Report on horse surra - Volume I
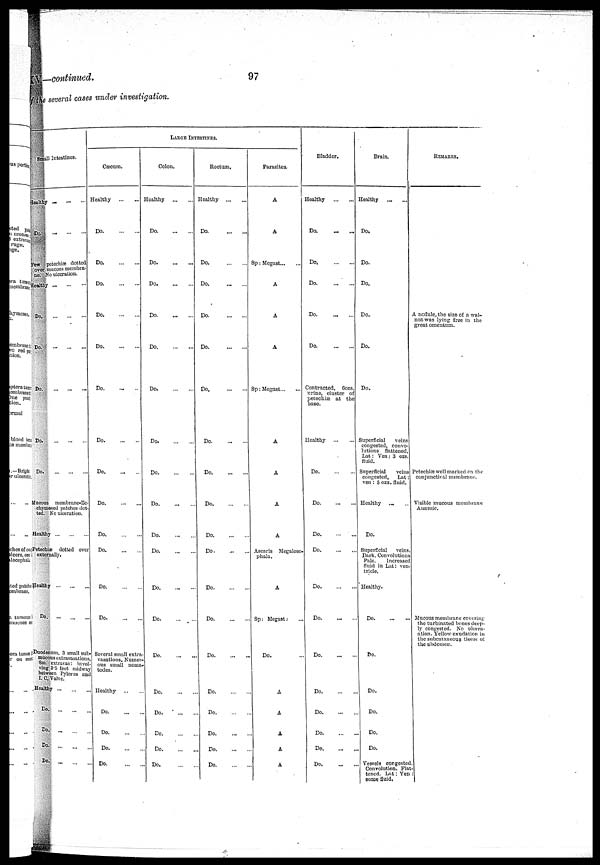
IV—continued.
97
f the several cases under investigation.
Small Intestines.
Healthy ...
Do. ...
Few petechiæ dotted
over mucous mombra-
ne. No ulceration.
Healthy
Do.
Do.
Do
Bo
Do
... Mucous membrane-Ec-
chymosed patches dot-
ted. No ulceration.
Healthy
Petechia dotted over
externally.
Healthy
Do. ...
Duodenum, 3 small sub
mucous extravasations
Sm. extravas: invol-
ving 3.5 feet midway
between Pylorus an
I.O.Valve.
Healthy
Do
Do
Do
Do
LARGE
INTESTINES.
Cæcum.
Healthy
Do
Do.
Do.
Do
Do
Do.
...
Do
Do
Do
Do
Do
Do
Do
Several small extra-
vasations. Nuiner-
ous small noma
todes.
Healthy ..
Do
Do
Do
Do
Colon.
Healthy
Do.
Do
Do
Do
Do
Do
Do
Do
Do
Do
Do
Do
Do.
...
..
Do
Do
Do
Do
Do
Do
Rectum,
Healthy
Do.
Do
Do
Do
Do
Do
Do
Do
Do
Do
Do
Do
Do
Do
Do
Do
Do
Do
Do
Parasites.
A
A
Sp: Megast... ...
A
A
A
Sp: Megast... ...
A
A
A
A
Ascaris Megalose-
phala.
A
Sp: Megast;
Do.
A
A
A
A
A
Bladder,
Healthy
...
...
Do:
Do,
Do
Do
Do.
Contracted, Gozs,
urine, cluster of
petechiæ at the
base.
Healthy
Do
Do
Do.
...
...
Do
Do
Do
Do
Do
Do
Do
Do
Do
Brain.
Healthy ...
Do.
Do.
Do.
Do.
Do.
Do.
Superficial
veins
congested, convo-
lutions flattened,
Lat: Ven: 3 ozs.
fluid.
Superficial
veins
congested, Lat:
ven: 5 ozs, fluid.
Healthy ...
Do.
Superficial
veins.
Dark. Convolutions
Pale.
increased
fluid in Lat: ven-
tricle.
Healthy.
Do
Do.
Do.
Do.
Do.
Do.
Vessels congested
Convolution. Flat
tencd. Lnt: Yen
Borne fluid.
REMARKS.
A nodule, the size of a wal-
nut was lying free in the
great omentum.
Petechial well marked on the
conjunctival membrane.
Visible mucous membranc
Anæmic.
Mucous membrane covering
the turbinated bones deep-
ly congested. No ulcer-
ation. Yellow exudation in
the subcutaneous tissue of
the abdomen.